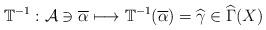
LaTeX: \begin{align*}\mathbb{T}^{-1}:\mathcal{A}\ni \overline{\alpha }\longmapsto \mathbb{T}^{-1}(\overline{\alpha })=\widehat{\gamma }\in \widehat{\Gamma }(X) \end{align*}